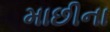
માછીના